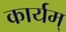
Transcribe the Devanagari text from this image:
कार्यम्